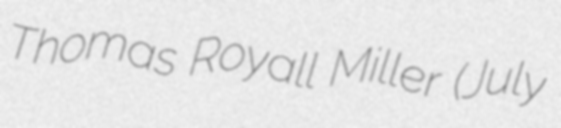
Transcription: Thomas Royall Miller (July